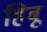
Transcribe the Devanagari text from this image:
हिबू